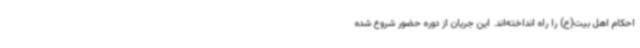
احکام اهل بیت(ع) را راه انداخته‌اند. این جریان از دوره حضور شروع شده